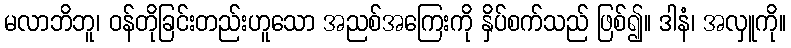
မလာဘိဘူ၊ ဝန်တိုခြင်းတည်းဟူသော အညစ်အကြေးကို နှိပ်စက်သည် ဖြစ်၍။ ဒါနံ၊ အလှူကို။